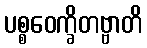
ပစ္စဝေက္ခိတဗ္ဗာတိ